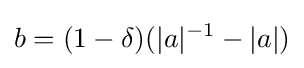
b=(1-\delta )(|a|^{-1}-|a|)